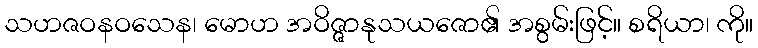
သဟဇဝနဝသေန၊ မောဟ အဝိဇ္ဇာနုသယဇော၏ အစွမ်းဖြင့်။ စရိယာ၊ ကို။